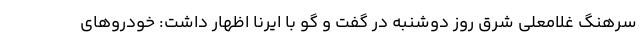
سرهنگ غلامعلی شرق روز دوشنبه در گفت و گو با ایرنا اظهار داشت: خودروهای